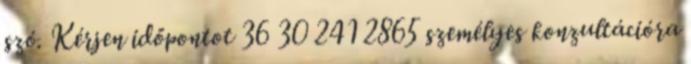
szó. Kérjen időpontot 36 30 241 2865 személyes konzultációra